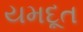
યમદૂત